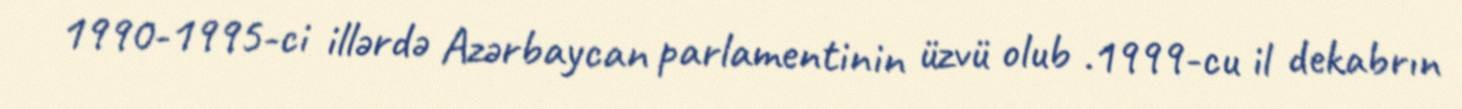
1990-1995-ci illərdə Azərbaycan parlamentinin üzvü olub .1999-cu il dekabrın